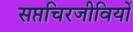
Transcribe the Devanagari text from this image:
सप्तचिरजीवियों